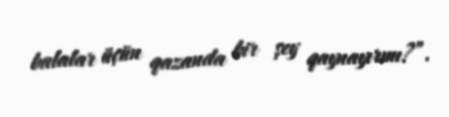
balalar üçün qazanda bir şey qaynayırmı?”.